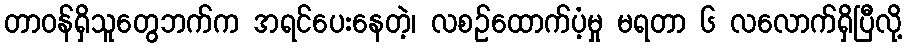
တာဝန်ရှိသူတွေဘက်က အရင်ပေးနေတဲ့၊ လစဉ်ထောက်ပံ့မှု မရတာ ၆ လလောက်ရှိပြီလို့